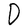
Character: D